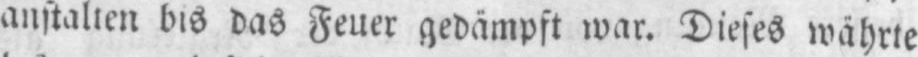
anstalten bis das Feuer gedämpft war. Dieses währte